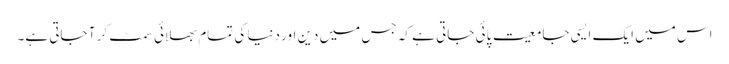
اس میں ایک ایسی جامعیت پائی جاتی ہے کہ جس میں دین اور دنیا کی تمام بھلائی سمٹ کر آ جاتی ہے۔